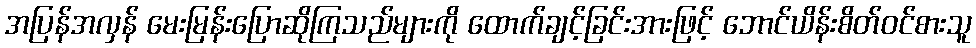
အပြန်အလှန် မေးမြန်းပြောဆိုကြသည်များကို ထောက်ချင့်ခြင်းအားဖြင့် ဘောင်ယိန်းစိတ်ဝင်စားသူ